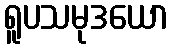
ရူပသမုဒယော